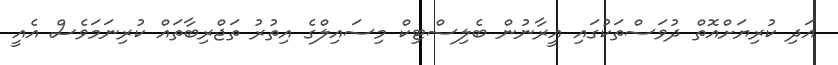
އަދި ކުރިޔަށްއޮތް ދުވަސްތަކުގައި އީރާނުން ބެލިސްޓިކް މިސައިލްގެ އިތުރު ތަޖްރިބާތައް ކުރިނަމަވެސް އެއީ